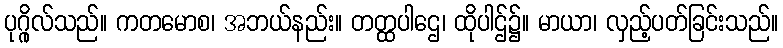
ပုဂ္ဂိုလ်သည်။ ကတမောစ၊ အဘယ်နည်း။ တတ္ထပါဌေ၊ ထိုပါဌ်၌။ မာယာ၊ လှည့်ပတ်ခြင်းသည်။